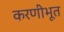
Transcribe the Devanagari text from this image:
करणीभूत